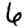
Digit: 6